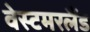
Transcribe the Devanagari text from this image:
वेस्टमरलैंड